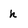
Character: h